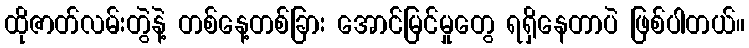
ထိုဇာတ်လမ်းတွဲနဲ့ တစ်နေ့တစ်ခြား အောင်မြင်မှုတွေ ရရှိနေတာပဲ ဖြစ်ပါတယ်။